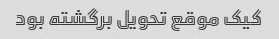
کیک موقع تحویل برگشته بود